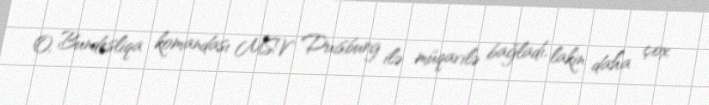
O, Bundesliqa komandası MSV Duisburg ilə müqavilə bağladı, lakin daha çox